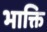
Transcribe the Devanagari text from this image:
भाक्ति